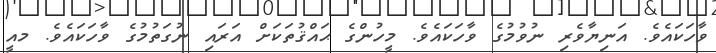
ވާހަކައެވެ. އަނިޔާވެރި ނުވުމުގެ ވާހަކައެވެ. މީހުންގެ ޙައްޤުތަކަށް އަރައި ނުގަތުމުގެ ވާހަކައެވެ. މއީ